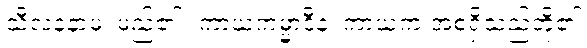
သီလနံနာမ၊ မည်၏။ ကာယကမ္မာဒီနံ၊ ကာယကံ အစရှိသည်တို့၏